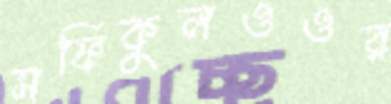
সফিকুলওওর